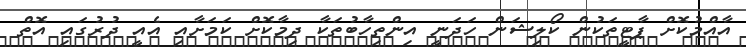
އާއްމުކޮށް ޕާޓީތަކުން ކޯލިޝަން ހަދަނީ އިންތިހާބުތަކާ ދިމާކޮށް ކަމަށާއި އެއީ ދުރުގައި އޮތް